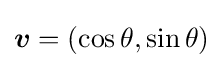
{\boldsymbol {v}}=(\cos \theta ,\sin \theta )